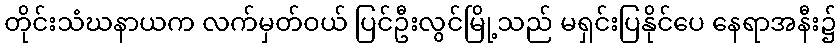
တိုင်းသံဃနာယက လက်မှတ်ဝယ် ပြင်ဦးလွင်မြို့သည် မရှင်းပြနိုင်ပေ နေရာအနီး၌